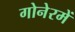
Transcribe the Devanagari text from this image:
गोनेरमें